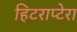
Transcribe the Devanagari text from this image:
हिटराप्टेरा